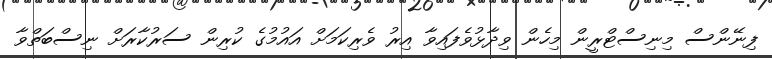
ފިނޭންސް މިނިސްޓްރީން މިހެން ވިދާޅުވެފައިވާ އިރު ވެރިކަމަށް އައުމުގެ ކުރިން ސަރުކާރަށް ނިސްބަތްވާ